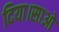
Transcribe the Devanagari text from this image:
दिया।साओ